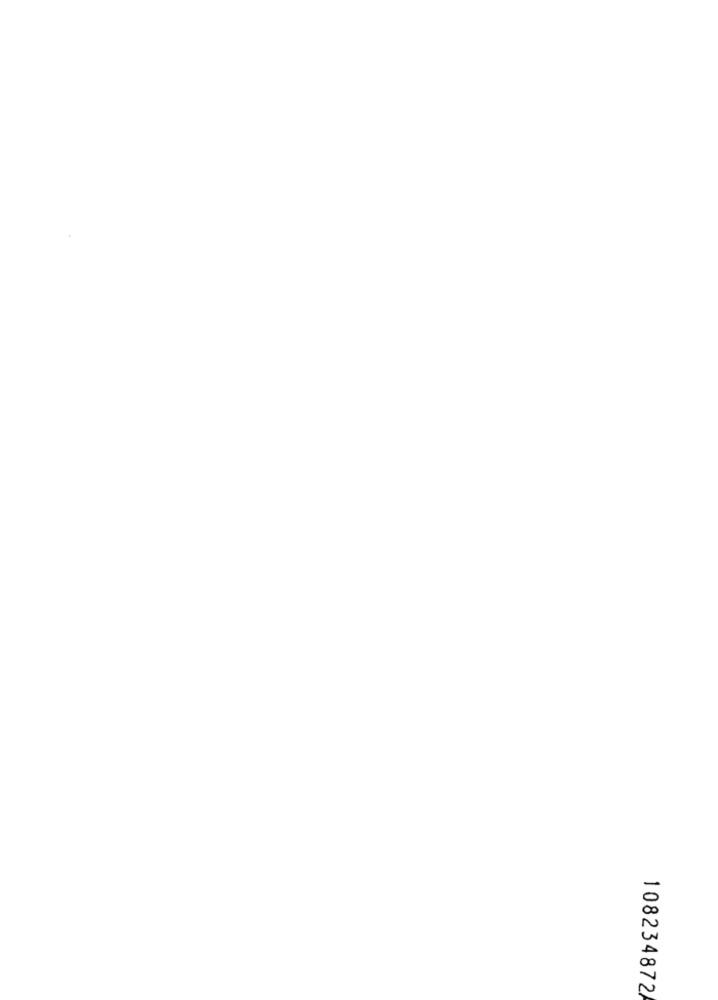
108234872